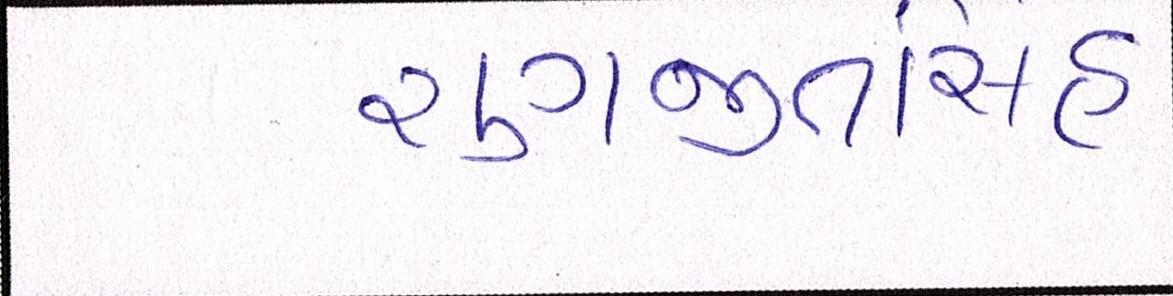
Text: રણજીતસિંહ